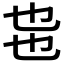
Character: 𰀸